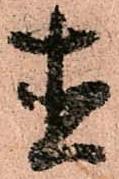
直